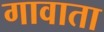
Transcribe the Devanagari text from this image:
गावाता